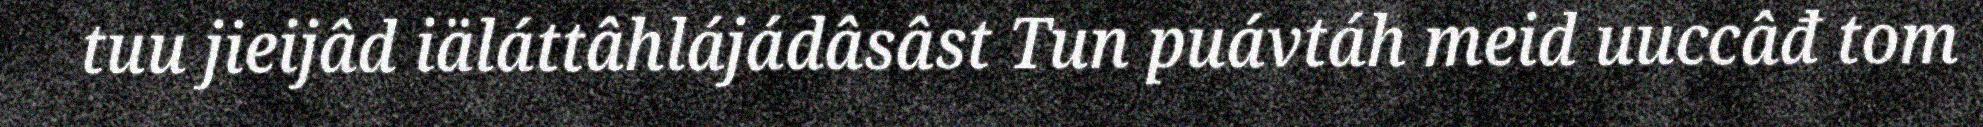
tuu jieijâd iäláttâhlájádâsâst Tun puávtáh meid uuccâđ tom